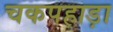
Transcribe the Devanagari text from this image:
चकपहाड़ा